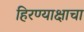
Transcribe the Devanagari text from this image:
हिरण्याक्षाचा